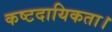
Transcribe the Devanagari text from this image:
कष्टदायिकता।